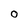
Character: O